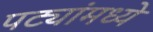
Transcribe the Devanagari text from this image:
पट्यांमध्ये